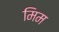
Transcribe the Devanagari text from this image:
मिम